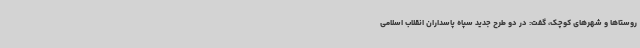
روستاها و شهرهای کوچک، گفت: در دو طرح جدید سپاه پاسداران انقلاب اسلامی